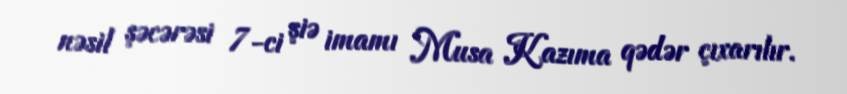
nəsil şəcərəsi 7-ci şiə imamı Musa Kazıma qədər çıxarılır.